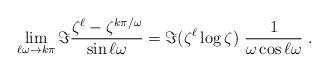
LaTeX: \begin{align*} \lim_{\ell\omega\to k\pi} \Im \frac{\zeta^\ell - \zeta^{k\pi/\omega}}{\sin\ell\omega} = \Im(\zeta^\ell\log\zeta) \ \frac{1}{\omega\cos\ell\omega}\;.\end{align*}